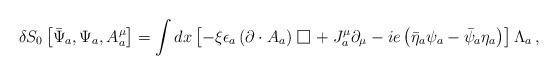
LaTeX: \begin{align*}\delta S_{0} \left[ \bar{\Psi}_a , \Psi_a, A^\mu_a \right] = \int dx \left[ - \xi \epsilon_a \left(\partial \cdot A_a \right) {\,\lower 1.0pt\vbox{\hrule \hbox{\vrule height 0.3 cm \hskip 0.28 cm \vrule height 0.3 cm}\hrule}\,} + J_{a}^{\mu} \partial_{\mu} - ie \left(\bar{\eta}_a \psi_a -\bar{\psi}_a \eta_a \right) \right] \Lambda_a \, ,\end{align*}